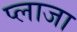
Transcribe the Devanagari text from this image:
प्‍लाजा